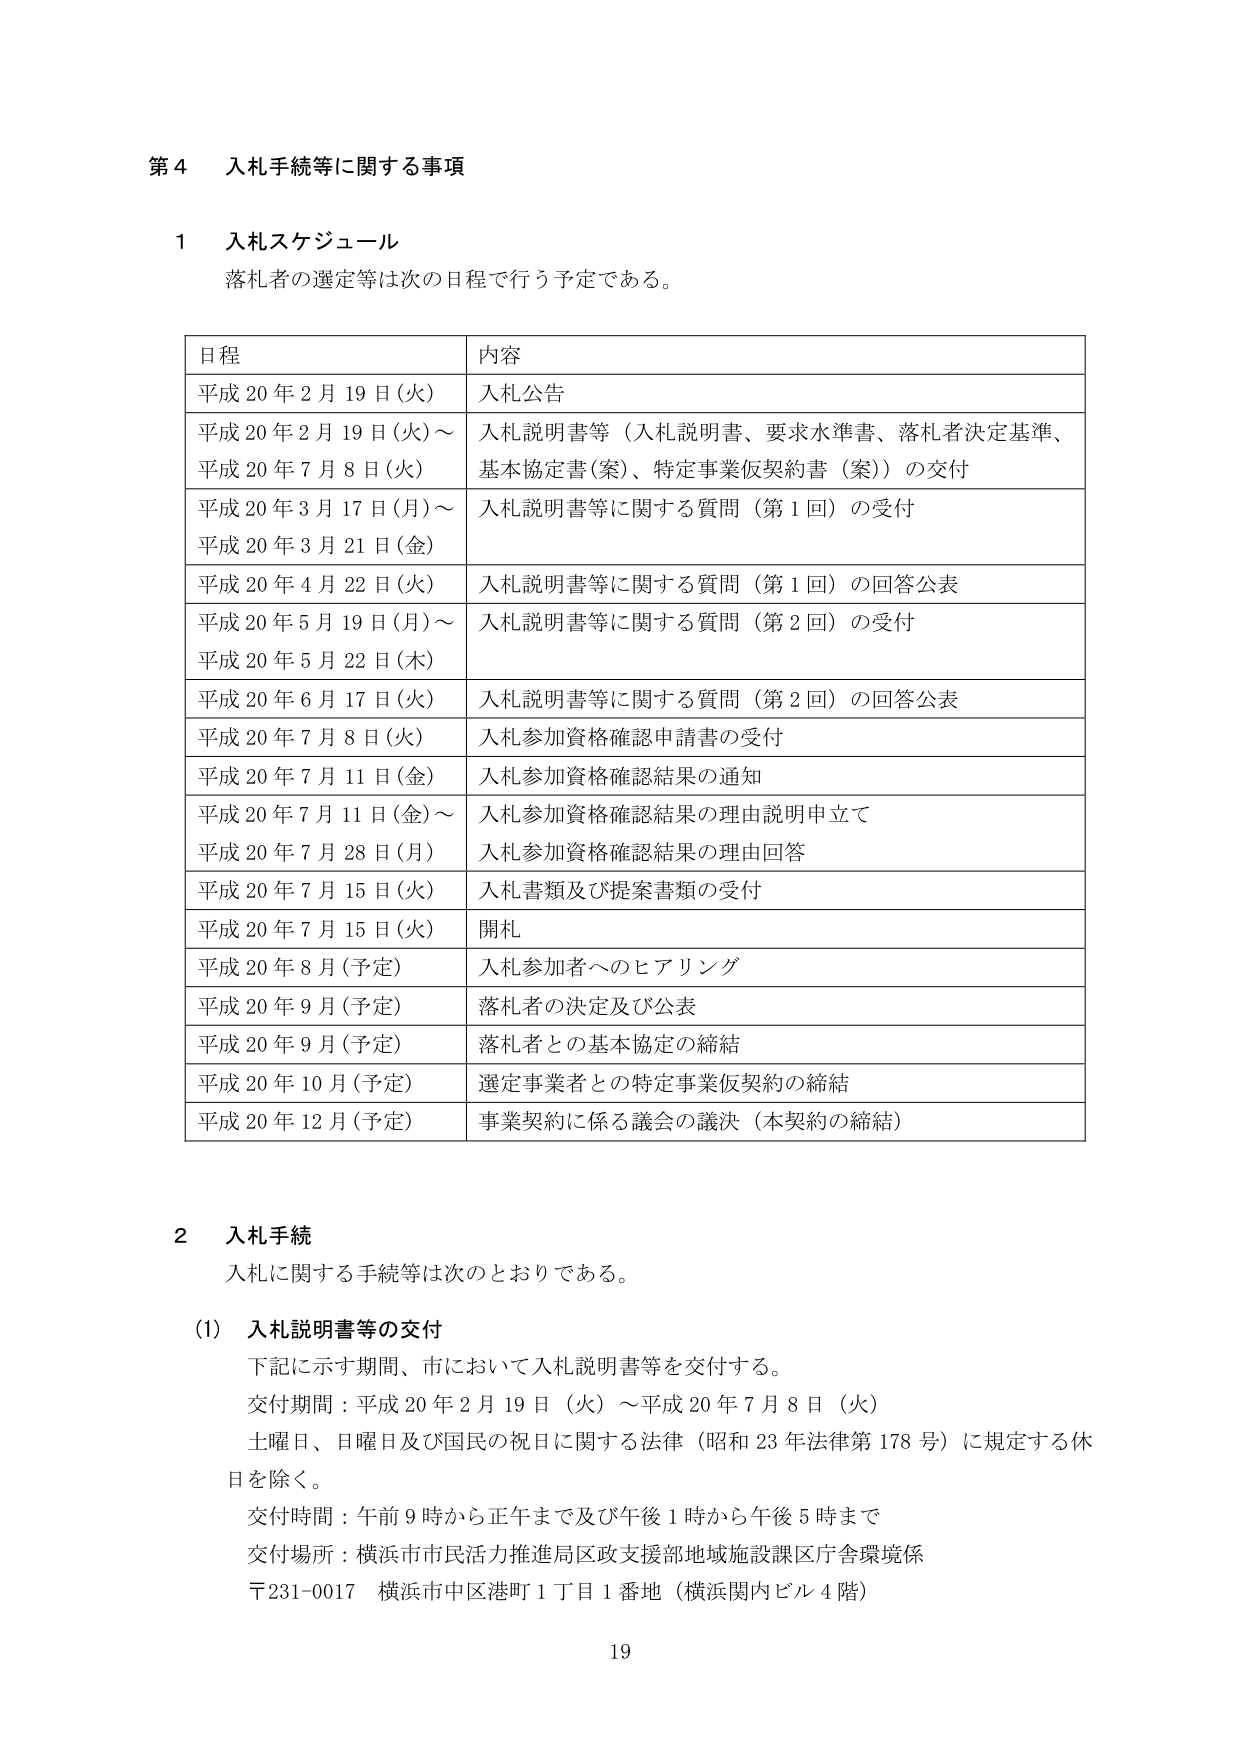
第４ 入札手続等に関する事項

１ 入札スケジュール
落札者の選定等は次の日程で行う予定である。

日程 内容
平成20年2月19日（火） 入札公告
平成20年2月19日（火）～ 平成20年7月8日（火） 入札説明書等（入札説明書、要求水準書、落札者決定基準、基本協定書（案）、特定事業仮契約書（案））の交付
平成20年3月17日（月）～ 平成20年3月21日（金） 入札説明書等に関する質問（第1回）の受付
平成20年4月22日（火） 入札説明書等に関する質問（第1回）の回答公表
平成20年5月19日（月）～ 平成20年5月22日（木） 入札説明書等に関する質問（第2回）の受付
平成20年6月17日（火） 入札説明書等に関する質問（第2回）の回答公表
平成20年7月8日（火） 入札参加資格確認申請書の受付
平成20年7月11日（金） 入札参加資格確認結果の通知
平成20年7月11日（金）～ 平成20年7月28日（月） 入札参加資格確認結果の理由説明申立て 入札参加資格確認結果の理由回答
平成20年7月15日（火） 入札書類及び提案書類の受付
平成20年7月15日（火） 開札
平成20年8月（予定） 入札参加者へのヒアリング
平成20年9月（予定） 落札者の決定及び公表
平成20年9月（予定） 落札者との基本協定の締結
平成20年10月（予定） 選定事業者との特定事業仮契約の締結
平成20年12月（予定） 事業契約に係る議会の議決（本契約の締結）

２ 入札手続
入札に関する手続等は次のとおりである。

（1） 入札説明書等の交付
下記に示す期間、市において入札説明書等を交付する。
交付期間：平成20年2月19日（火）～平成20年7月8日（火）
土曜日、日曜日及び国民の祝日に関する法律（昭和23年法律第178号）に規定する休日を除く。
交付時間：午前9時から正午まで及び午後1時から午後5時まで
交付場所：横浜市市民活力推進局区政支援部地域施設課区庁舎環境係
〒231-0017 横浜市中区港町1丁目1番地（横浜関内ビル4階）

19